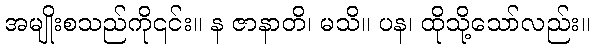
အမျိုးစသည်ကို၎င်း။ န ဇာနာတိ၊ မသိ။ ပန၊ ထိုသို့သော်လည်း။